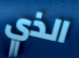
الذي